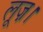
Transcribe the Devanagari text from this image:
लूज़।